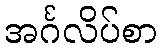
အင်္ဂလိပ်စာ